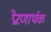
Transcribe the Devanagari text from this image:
प्रेऱणार्थक